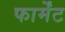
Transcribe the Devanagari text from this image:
फार्मेंट